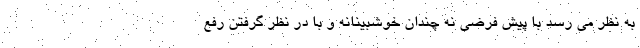
به نظر می رسد با پیش فرضی نه چندان خوشبینانه و با در نظر گرفتن رفع